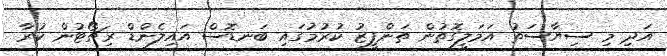
އަދި މި ސިޔާސަތު އަމަލީގޮތުން ތަަންފީޒު ކުރުމުގައި ބަނޑޮސް އައިލެންޑް ރިޗޯޓުން ކުރާ